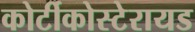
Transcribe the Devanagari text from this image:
कोर्टीकोस्टेरायड